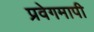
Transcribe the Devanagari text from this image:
प्रवेगमापी